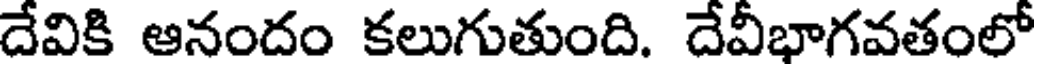
దేవికి ఆనందం కలుగుతుంది. దేవీభాగవతంలో